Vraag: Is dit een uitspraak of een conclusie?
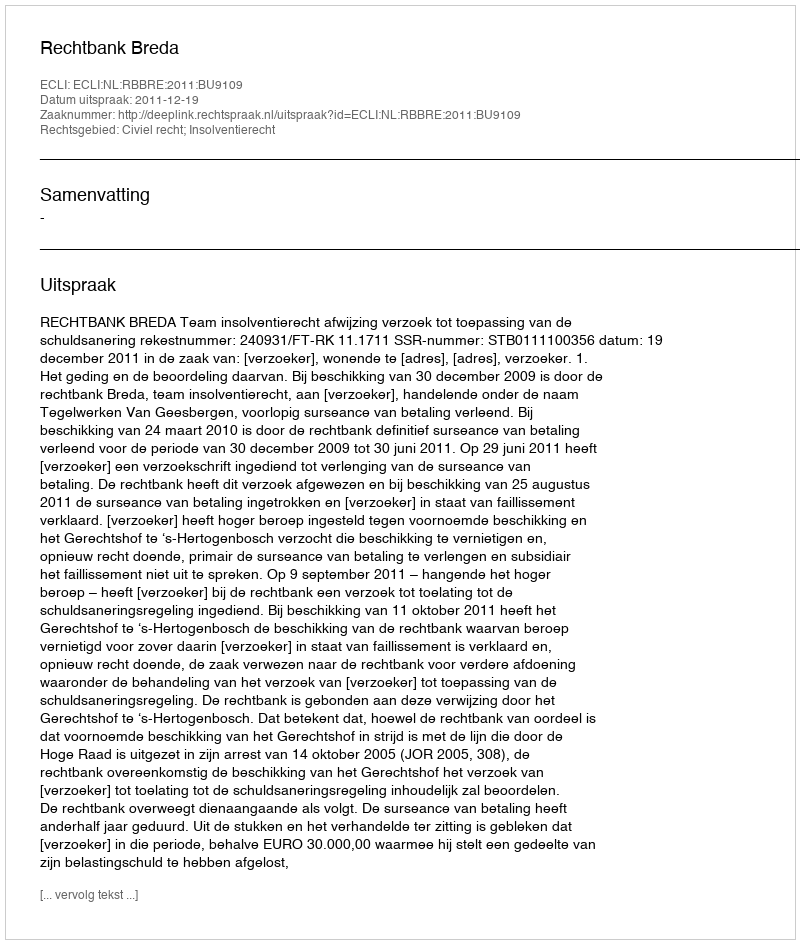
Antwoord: Uitspraak